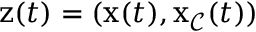
\mathbf { \boldsymbol { z } } ( t ) = ( \mathbf { \boldsymbol { x } } ( t ) , \mathbf { \boldsymbol { x } } _ { \mathcal { C } } ( t ) )